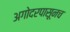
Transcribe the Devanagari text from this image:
अगोदरपासूनच